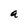
Character: a